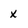
Character: x